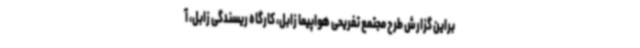
براین گزارش طرح مجتمع تفریحی هواپیما زابل، کارگاه ریسندگی زابل، آ